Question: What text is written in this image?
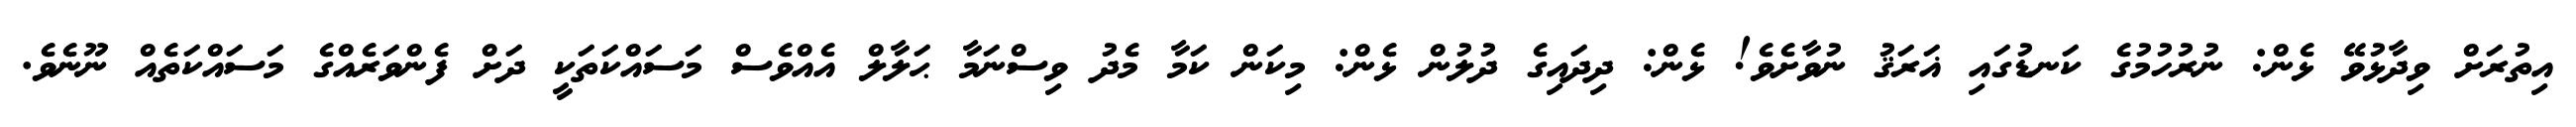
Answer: އިތުރަށް ވިދާޅުވޭ ޅެން: ނުރުހުމުގެ ކަނޑުގައި ޣަރަޤު ނުވާށެވެ! ޅެން: ދިދައިގެ ދުލުން ޅެން: މިކަން ކަމާ މެދު ވިސްނަމާ ޙަލާލް އެއްވެސް މަސައްކަތަކީ ދަށް ފެންވަރެއްގެ މަސައްކަތެއް ނޫނެވެ.